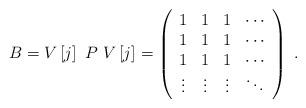
LaTeX: \begin{align*}B=V\left[ j\right] ~P~V\left[ j\right] ^{}=\left(\begin{array}[c]{cccc}1 & 1 & 1 & \cdots\\1 & 1 & 1 & \cdots\\1 & 1 & 1 & \cdots\\\vdots & \vdots & \vdots & \ddots\end{array}\right) \ . \end{align*}